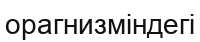
орагнизміндегі